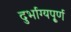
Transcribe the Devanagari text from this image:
दुर्भाग्यपू्‌र्ण